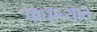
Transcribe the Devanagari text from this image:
प्राधान्यात्